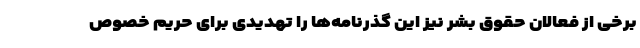
برخی از فعالان حقوق بشر نیز این گذرنامه‌ها را تهدیدی برای حریم خصوص